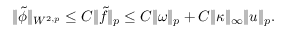
\begin{array} { r } { \| \tilde { \phi } \| _ { W ^ { 2 , p } } \leq C \| \tilde { f } \| _ { p } \leq C \| \omega \| _ { p } + C \| \kappa \| _ { \infty } \| u \| _ { p } . } \end{array}